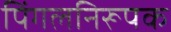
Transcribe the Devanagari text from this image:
पिंगलनिरूपक